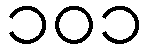
၁၀၁